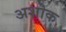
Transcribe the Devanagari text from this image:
अशोक